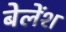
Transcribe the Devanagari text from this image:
बेलेंश